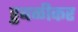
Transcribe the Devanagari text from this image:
हुबळीकर